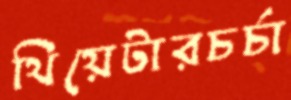
থিয়েটারচর্চা